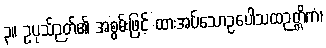
၃။ ဥပုသ်ဉတ်၏ အစွမ်းဖြင့် ထားအပ်သောဥပေါသထဉတ္တိကံ၊